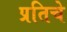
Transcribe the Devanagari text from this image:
प्रतिचे